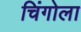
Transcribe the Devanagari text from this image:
चिंगोला